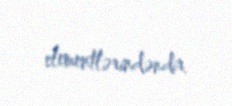
elementlərindəndir.